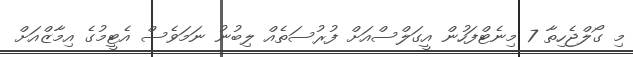
މި ގޯލްޖެހިތާ 7 މިނެޓްފަހުން އީގަލްސްއަށް ފުރުސަތެއް ލިބުނު ނަމަވެސް އެޓީމުގެ އިމާޒްއަށް